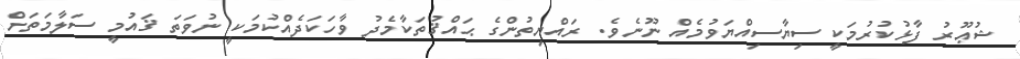
ޝުޢޫރު ފާޅުކުރުމަކީ ސިޔާސިއްޔަވުމެއް ނޫނެވެ. ރައްޔިތުންގެ ޙައްޤުތަކާމެދު ވާހަކަދެއްކުމަކީ ނުވަތަ ޤައުމީ ސަލާމަތަށް